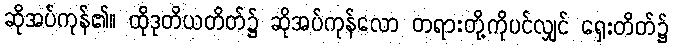
ဆိုအပ်ကုန်၏။ ထိုဒုတိယတိတ်၌ ဆိုအပ်ကုန်လော တရားတို့ကိုပင်လျှင် ရှေးတိတ်၌